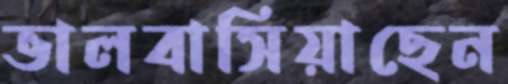
ভালবাসিয়াছেন